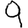
Digit: 9